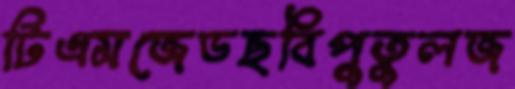
টিএমজেডছবিপুতুলজ